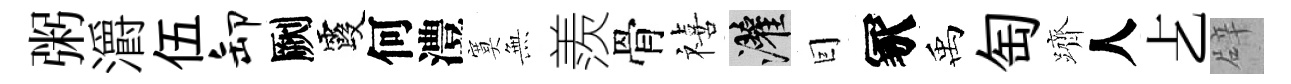
粥灂伍卸劂霞何澧寞𭴾羨骨禧灌囙冢禹匋躋人𠧒辟